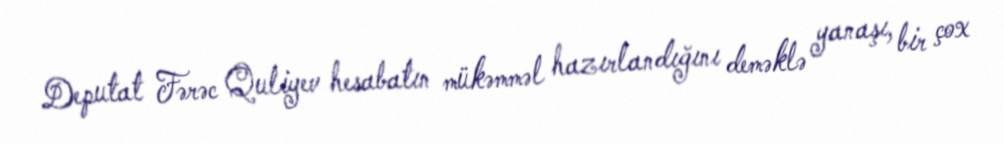
Deputat Fərəc Quliyev hesabatın mükəmməl hazırlandığını deməklə yanaşı, bir çox